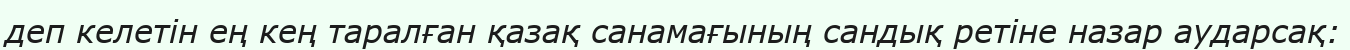
деп келетiн ең кең таралған қазақ санамағының сандық ретiне назар аударсақ: